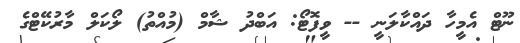
ނޫޓް އެމީހާ ދައްކާލަނީ -- ވީފޮޓޯ: އަބްދު ޝާމް (މުއްތު) ލޯކަލް މާރުކޭޓްގެ